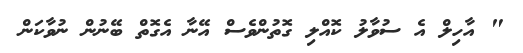
" އާހިލް އެ ސުވާލު ކޮއްލި ގޮތުންވެސް އޭނާ އެގޮތް ބޭނުން ނުވާކަން